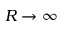
R \to \infty